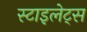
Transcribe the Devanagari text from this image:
स्टाइलेट्स